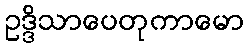
ဥဒ္ဒိသာပေတုကာမော